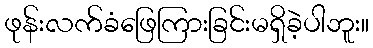
ဖုန်းလက်ခံဖြေကြားခြင်းမရှိခဲ့ပါဘူး။